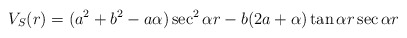
\begin{align*}V_S(r)=(a^2+b^2-a\alpha)\sec^2{\alpha r}-b(2a+\alpha)\tan{\alpha r}\sec{\alpha r}\end{align*}